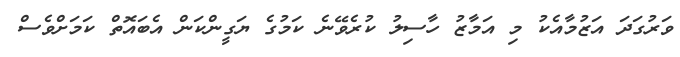
ވަރުގަދަ އަޒުމާއެކު މި އަމާޒު ހާސިލު ކުރެވޭނެ ކަމުގެ ޔަގީންކަން އެބައޮތް ކަމަށްވެސް